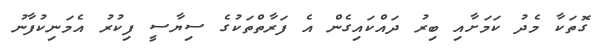
ގޮތަކާ މެދު ކަމަށާއި ބިރު ދައްކައިގެން އެ ފަރާތްތަކުގެ ސިޔާސީ ފިކުރު އެމަނިކުފާނު